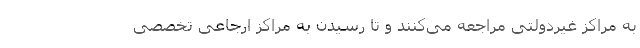
به مراکز غیردولتی مراجعه می‌کنند و تا رسیدن به مراکز ارجاعی تخصصی